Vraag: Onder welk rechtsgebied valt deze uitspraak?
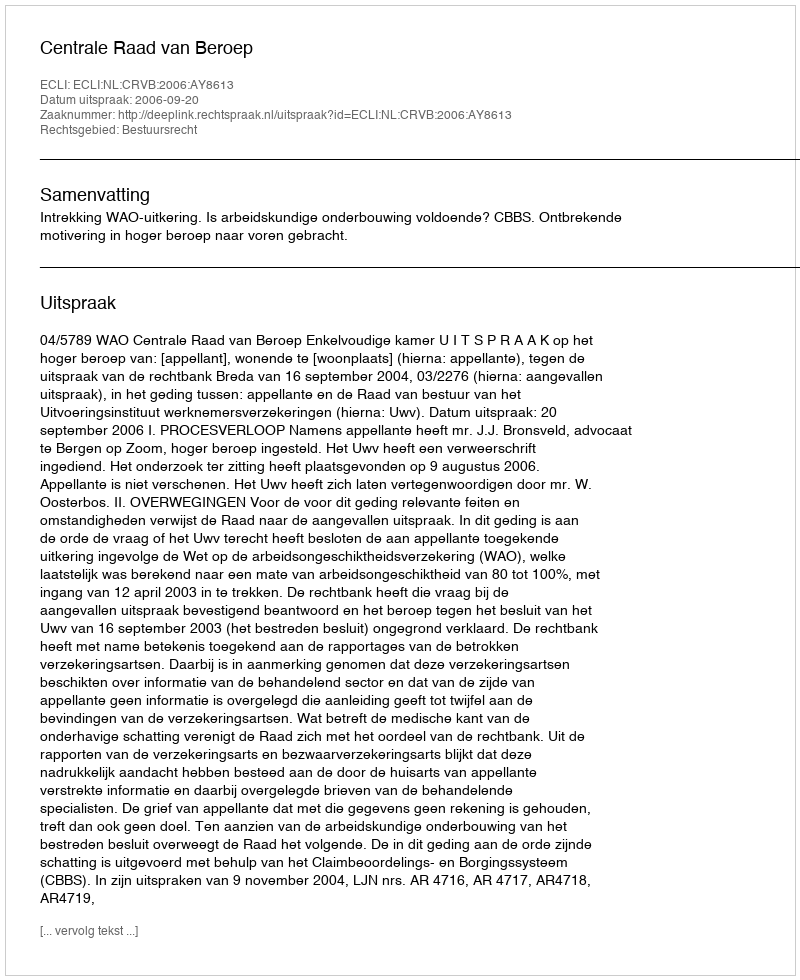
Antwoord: Bestuursrecht